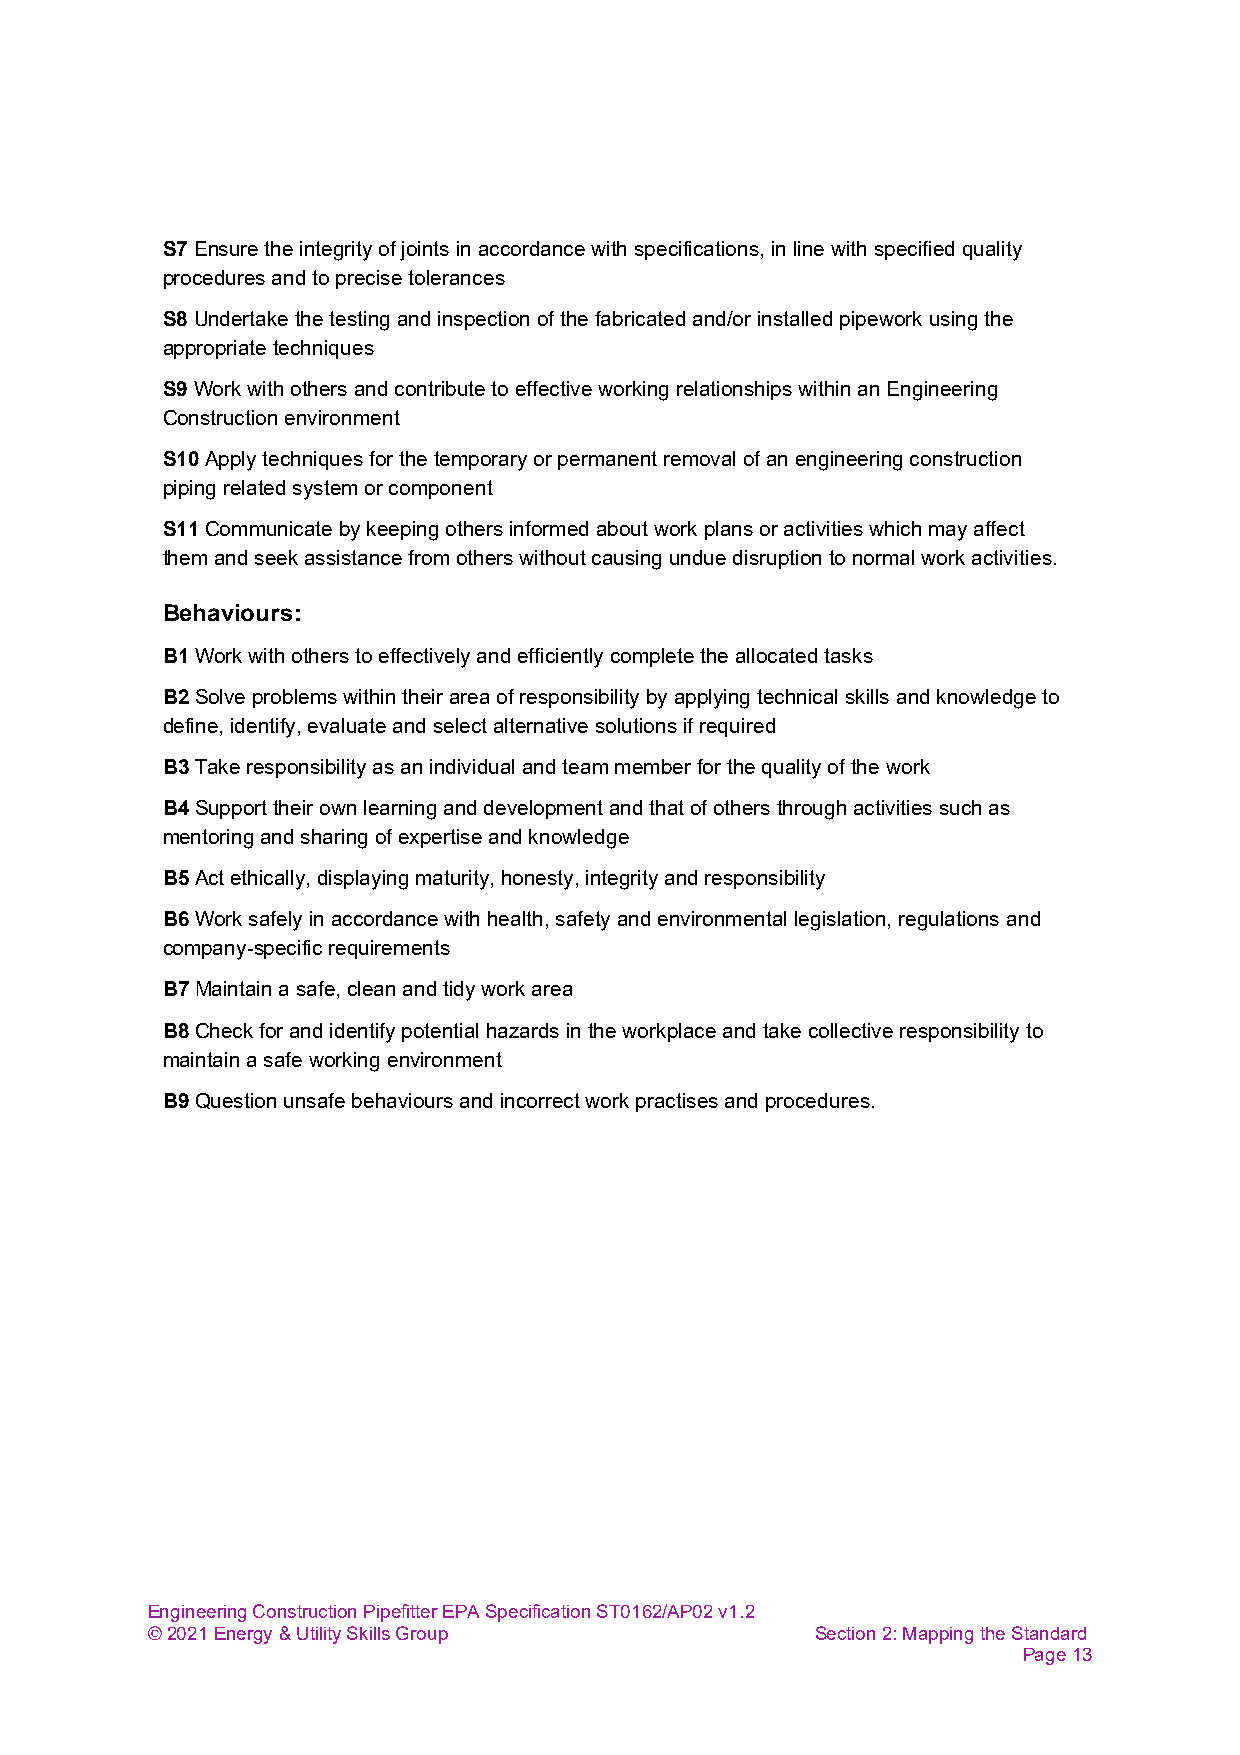
S7 Ensure the integrity of joints in accordance with specifications, in line with specified quality
 procedures and to precise tolerances
 S8 Undertake the testing and inspection of the fabricated and/or installed pipework using the
 appropriate techniques
 S9 Work with others and contribute to effective working relationships within an Engineering
 Construction environment
 S10 Apply techniques for the temporary or permanent removal of an engineering construction
 piping related system or component
 S11 Communicate by keeping others informed about work plans or activities which may affect
 them and seek assistance from others without causing undue disruption to normal work activities.
 Behaviours:
 B1 Work with others to effectively and efficiently complete the allocated tasks
 B2 Solve problems within their area of responsibility by applying technical skills and knowledge to
 define, identify, evaluate and select alternative solutions if required
 B3 Take responsibility as an individual and team member for the quality of the work
 B4 Support their own learning and development and that of others through activities such as
 mentoring and sharing of expertise and knowledge
 B5 Act ethically, displaying maturity, honesty, integrity and responsibility
 B6 Work safely in accordance with health, safety and environmental legislation, regulations and
 company-specific requirements
 B7 Maintain a safe, clean and tidy work area
 B8 Check for and identify potential hazards in the workplace and take collective responsibility to
 maintain a safe working environment
 B9 Question unsafe behaviours and incorrect work practises and procedures.
 Engineering Construction Pipefitter EPA Specification ST0162/AP02 v1.2
 © 2021 Energy & Utility Skills Group        Section 2: Mapping the Standard
 Page 13